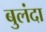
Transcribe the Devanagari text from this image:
बुलंदा